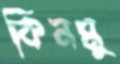
কিনমু